Civil Veterinary Department Bengal reports 1923-33 - 1923-1933
Year: 1923
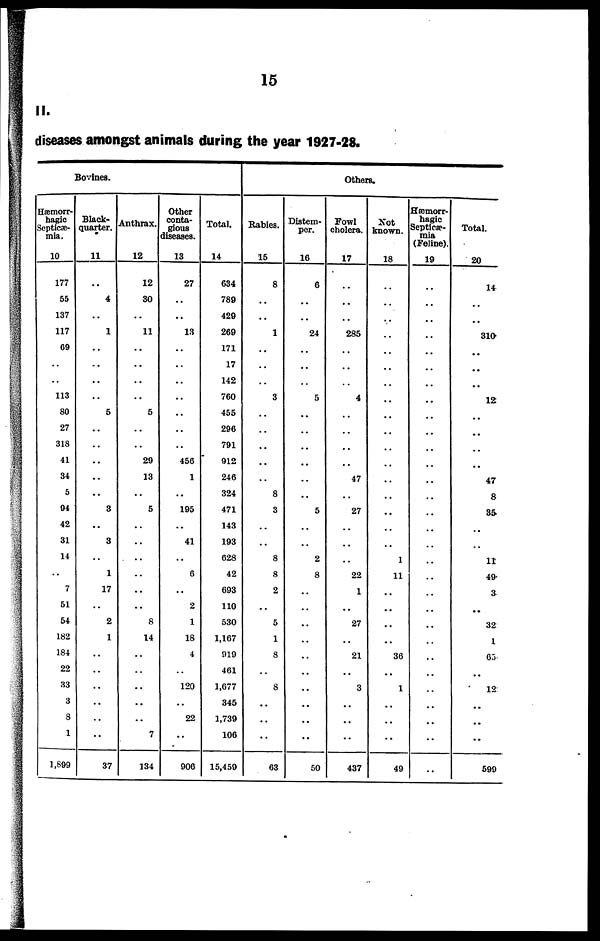
15
II.
diseases amongst animals during the year 1927-28.
Bovines.
Hæmorr-
hagic
Septicæ-
mla.
10
177
55
137
117
69
..
..
113
80
27
318
41
34
5
94
42
31
14
..
7
51
54
182
184
22
33
3
8
1
1,899
Black-
quarter.
11
..
4
..
1
..
..
..
..
5
..
..
..
..
..
3
..
3
..
1
17
..
2
1
..
..
..
..
..
..
37
Anthrax.
12
12
30
..
11
..
..
..
..
5
..
..
29
13
..
5
..
..
..
..
..
..
8
14
..
..
..
..
..
7
134
Other
conta-
gious
iiseases.
13
27
..
..
13
..
..
..
..
..
..
..
450
1
..
195
..
41
..
6
..
2
1
18
4
..
120
..
22
..
900
Total.
14
634
789
429
269
171
17
142
700
455
296
791
912
246
324
471
143
193
628
42
693
110
530
1,167
919
461
1,677
345
1,739
106
15,459
Others.
Rabies.
15
8
..
..
1
..
..
..
3
..
..
..
..
..
8
3
..
..
8
8
2
..
5
1
8
..
8
..
..
..
63
Distem-
per.
16
6
..
..
24
..
..
..
5
..
..
..
..
..
..
5
..
..
2
8
..
..
..
..
..
..
..
..
..
..
50
Fowl
cholera.
17
..
..
..
285
..
..
..
4
..
..
..
..
47
..
27
..
..
..
22
1
..
27
..
21
..
3
..
..
..
437
Not
known.
18
..
..
..
..
..
..
..
..
..
..
..
..
..
..
..
..
..
1
11
..
..
..
..
36
..
1
..
..
..
49
Hæmorr-
hagic
Septicæ-
mia
(Feline).
19
..
..
..
..
..
..
..
..
..
..
..
..
..
..
..
..
..
..
..
..
..
..
..
..
..
..
..
..
..
..
Total.
20
14
..
..
310
..
..
..
12
..
..
..
..
47
8
35
..
..
11
49
3
..
32
1
65
..
12
..
..
..
599